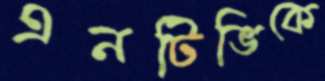
এনটিভিকে